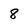
Character: 8